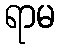
ရာမ